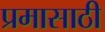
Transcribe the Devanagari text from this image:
प्रमासाठी